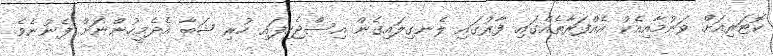
ކޮޓަރިއަށް ވަނުމާއިއެކު އެއްފަރާތެއްގައި ފާރުގައި ލެނގިލައިގެން އިސްޖެހިފައި ހުރި ޝަބާ އެދެމީހުންނަށް ފެނުނެވެ.